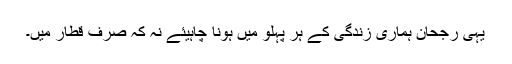
یہی رجحان ہماری زندگی کے ہر پہلو میں ہونا چاہیئے نہ کہ صرف قطار میں۔